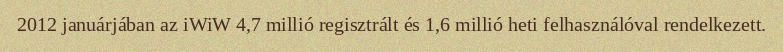
2012 januárjában az iWiW 4,7 millió regisztrált és 1,6 millió heti felhasználóval rendelkezett.